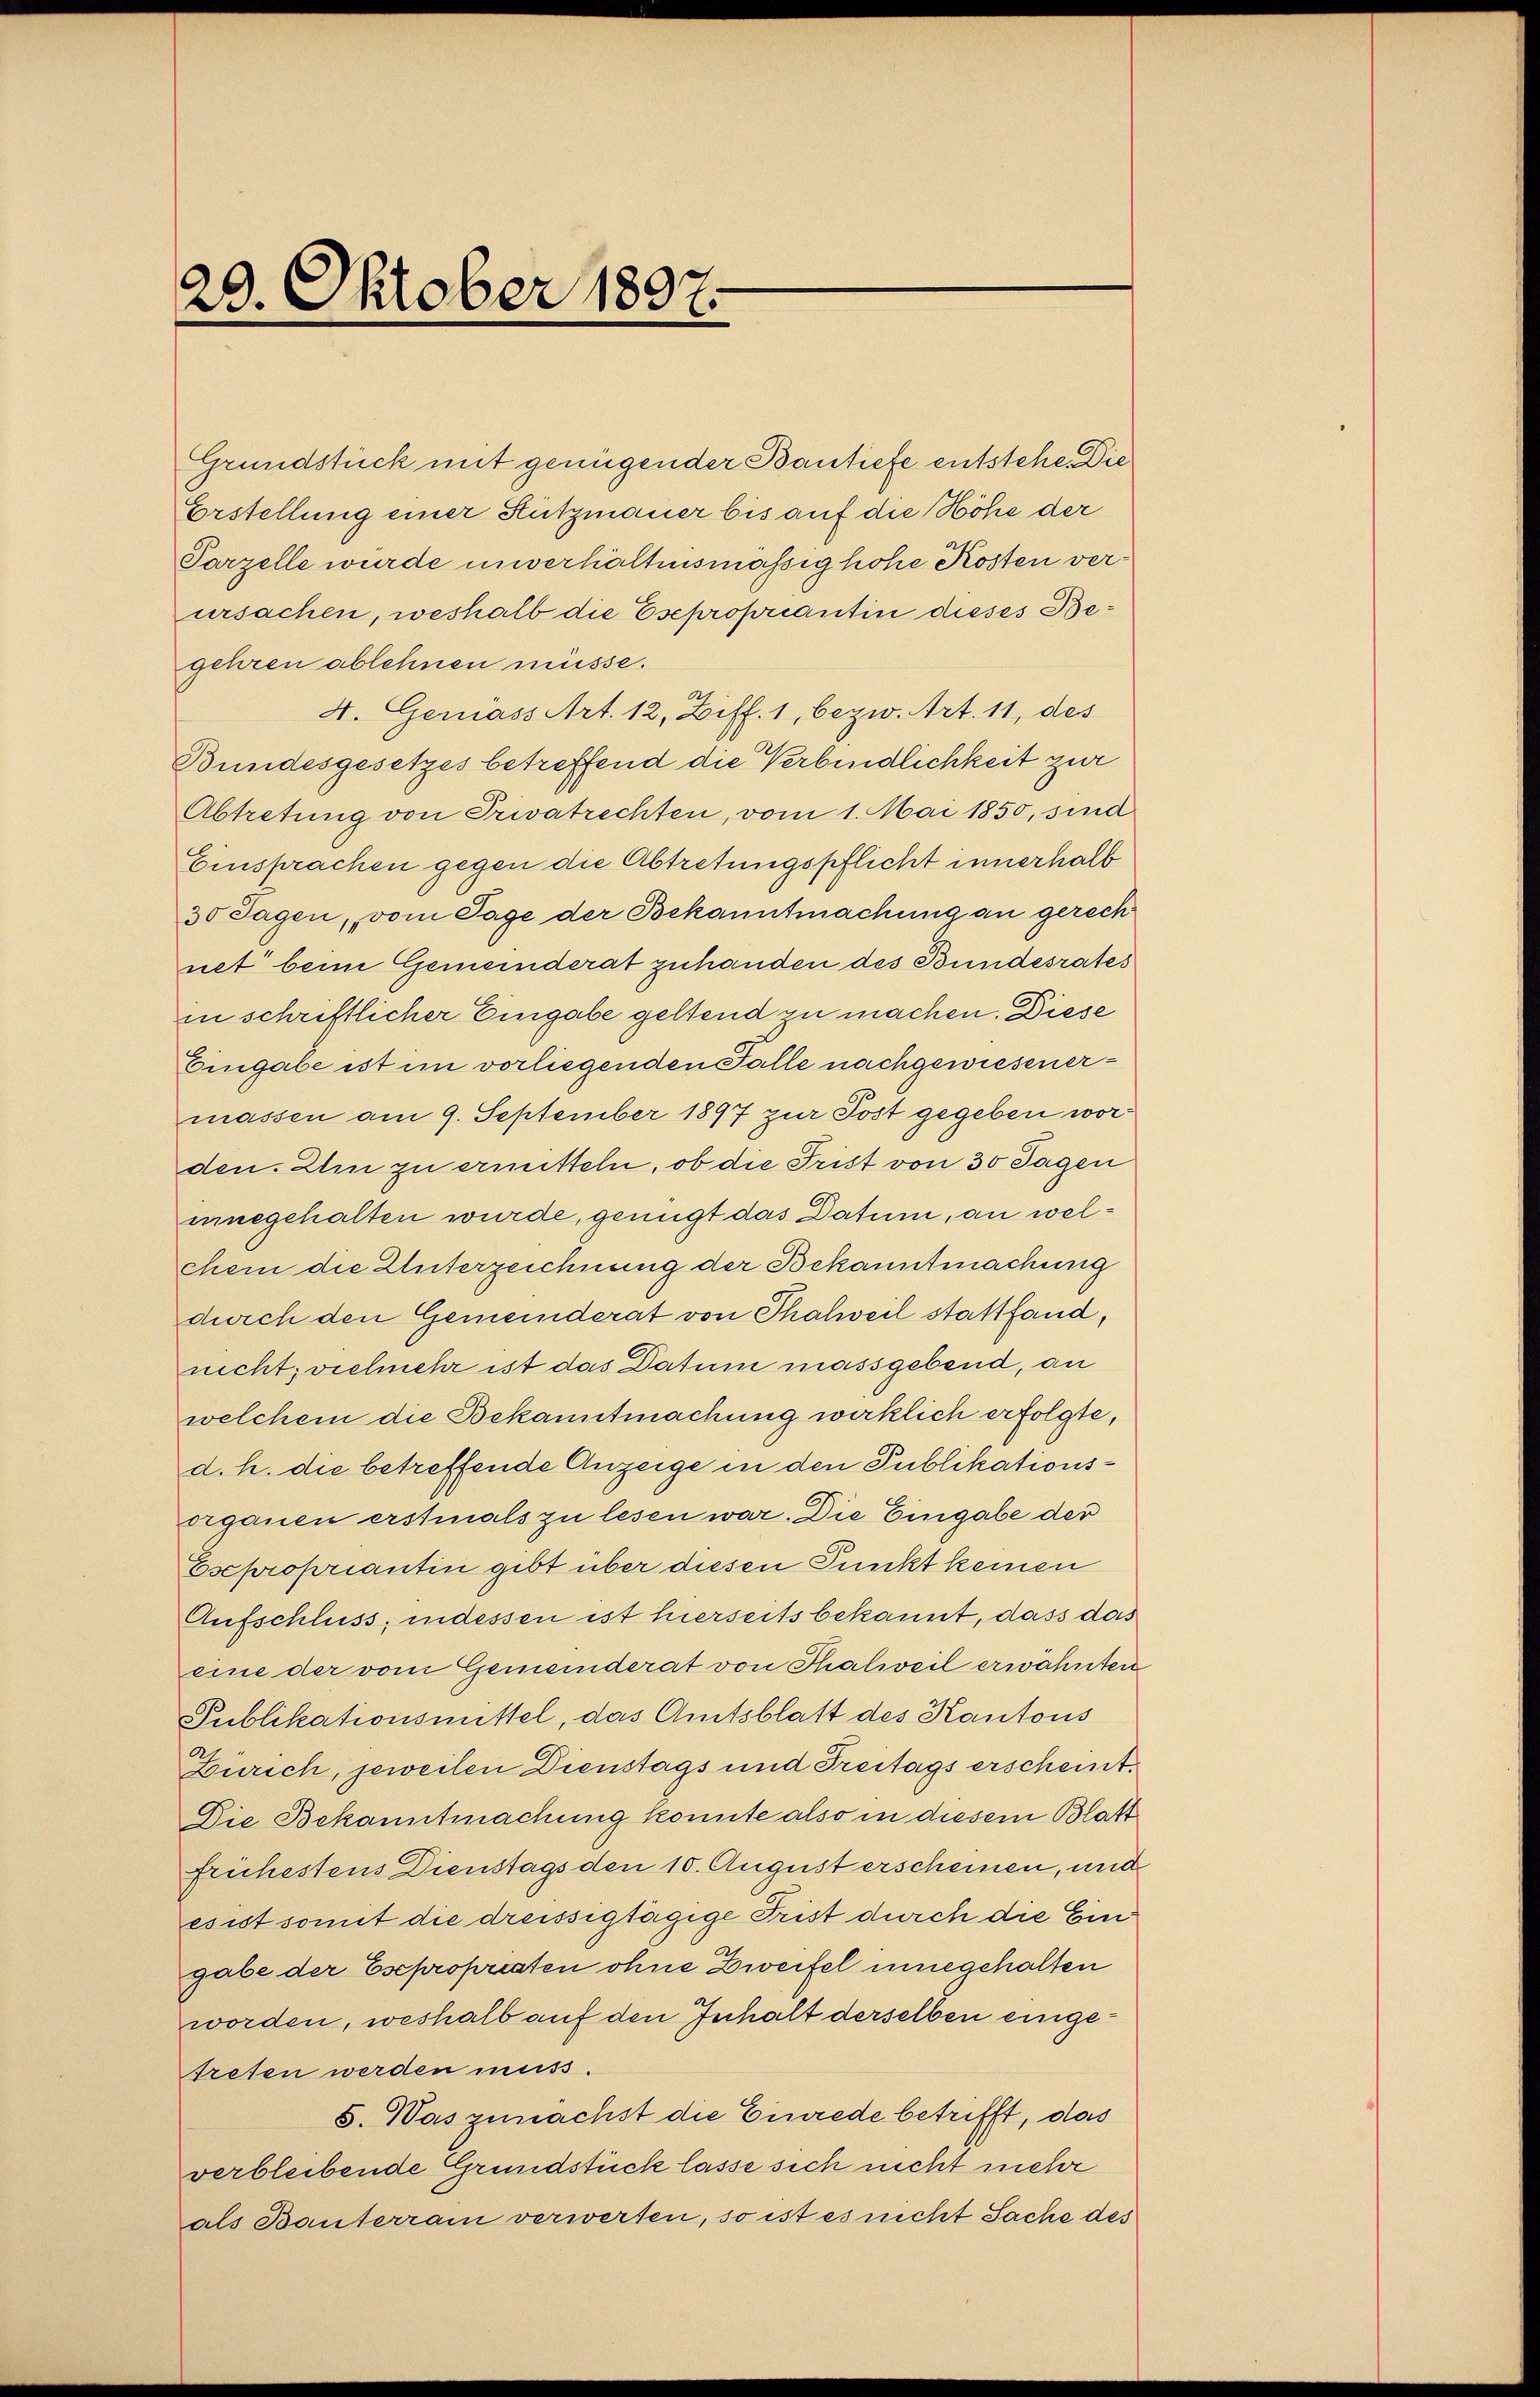
29. Oktober 1897.

gehren ablehnen müsse.
4. Gemäss Art. 12, Ziff. 1, bezw. Art. 11, des
Bundesgesetzes betreffend die Verbindlichkeit zur
Abtretung von Privatrechten, vom 1. Mai 1850, sind
Einsprachen gegen die Abtretungspflicht innerhalb
30 Tagen, vom Tage der Bekanntmachung an gerech
net beim Gemeinderat zuhanden des Bundesrates
in schriftlicher Eingabe geltend zu machen. Diese
Eingabe ist im vorliegenden Falle nachgewiesenermassen am 9. September 1897 zur Post gegeben worden. Ein zu ermitteln, ob die Frist von 30 Tagen
uinegehalten wurde, genügt das Datum, an welchem die Unterzeichnung der Bekanntmachung
durch den Gemeinderat von Thalweil stattfand,
nicht, vielmehr ist das Datum massgebend, an
welchem die Bekanntmachung wirklich erfolgte,
d. h. die betreffende Anzeige in den Publikationsorganen erstinals zu lesen war. Die Eingabe der
Esepropriantin gibt über diesen Punkt keinen
Aufschluss, indessen ist hierseits bekannt, dass das
eine der vom Gemeinderat von Thalweil erwähnten
Publikationsmittel, das Amtsblatt des Kantons
Zürich, jeweilen Dienstags und Treitags erscheint.
Die Bekanntmachung konnte also in diesem Blatt
frühestens Dienstags den 10. August erscheinen, und
esist somit die dreissigtägige Frist durch die Ein
gabe der Escpropriaten ohne Zweifel innegehalten
worden, weshalb auf den Inhalt derselben eingetreten werden muss.
S. Was zunächst die Einrede betrifft, das
verbleibende Grundstück lasse sich nicht mehr
als Bauterrain verwerfen, so ist es nicht Sache des

Grundstück mit genügender Bantiefe entstehe. Die
Erstellung einer Hützmauer bis auf die Höhe der
Parzelle wurde unverhältnismäßig hohe Kosten verursachen, weshalb die Esepropriantin dieses Be¬